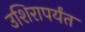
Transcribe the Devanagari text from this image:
उशिरापर्यंत